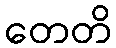
တေတိ